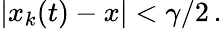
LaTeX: |x_{k}(t)-x|<\gamma/2\, .